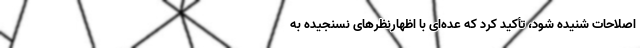
اصلاحات شنیده شود، تأکید کرد که عده‌ای با اظهارنظرهای نسنجیده به